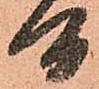
間